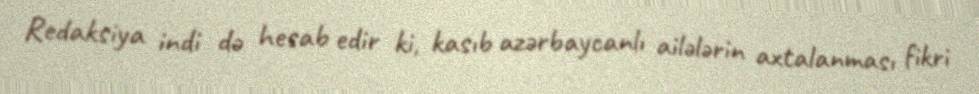
Redaksiya indi də hesab edir ki, kasıb azərbaycanlı ailələrin axtalanması fikri